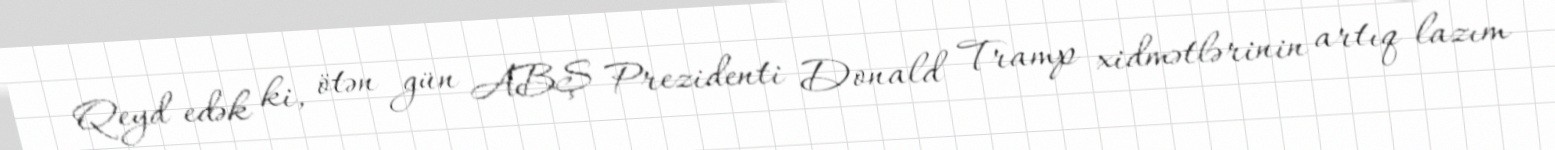
Qeyd edək ki, ötən gün ABŞ Prezidenti Donald Tramp xidmətlərinin artıq lazım